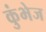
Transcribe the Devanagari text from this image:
कुंभेज